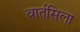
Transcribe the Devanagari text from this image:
वार्तसिला